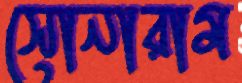
সোনারাম